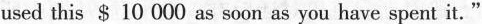
used this $ 10 000 as soon as you have spent it.